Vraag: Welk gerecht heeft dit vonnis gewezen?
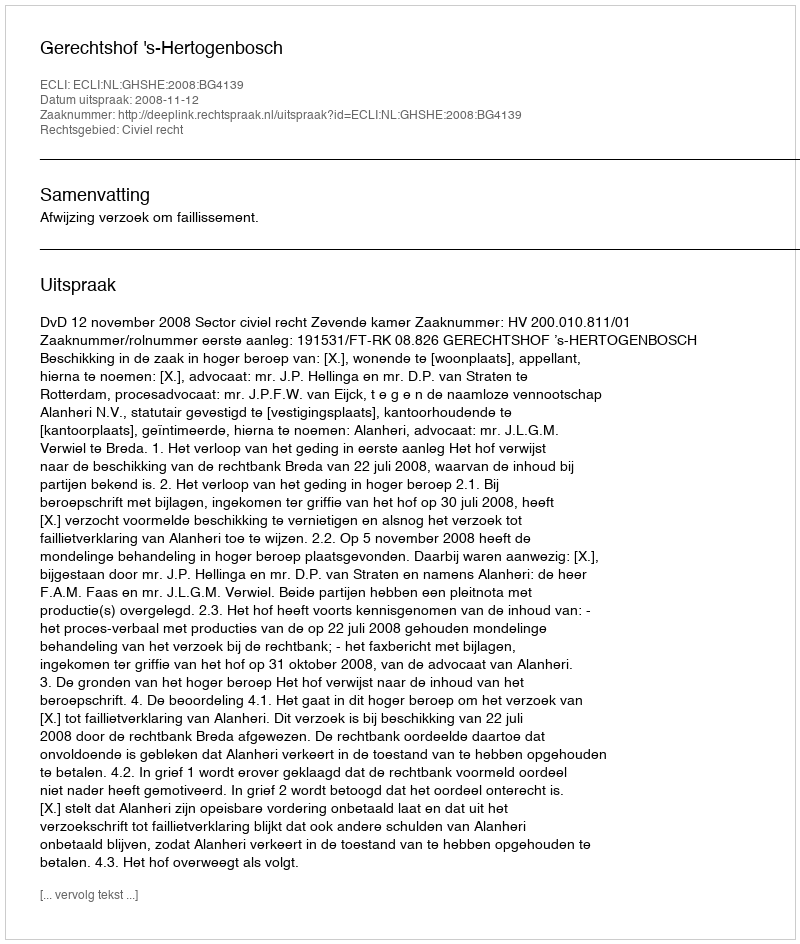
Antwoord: Gerechtshof 's-Hertogenbosch